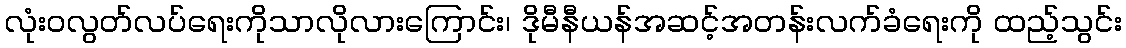
လုံးဝလွတ်လပ်ရေးကိုသာလိုလားကြောင်း၊ ဒိုမီနီယန်အဆင့်အတန်းလက်ခံရေးကို ထည့်သွင်း